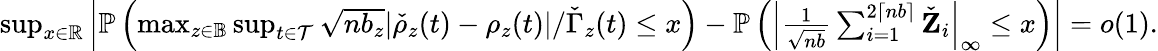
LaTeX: \begin{array}{r}{\operatorname*{sup}_{x\in\mathbb{R}}\left|\mathbb{P}\left(\operatorname*{max}_{z\in\mathbb{B}}\operatorname*{sup}_{t\in\mathcal{T}}\sqrt{nb_{z}}|\check{\rho}_{z}(t)-\rho_{z}(t)|/\check{\Gamma}_{z}(t)\leq x\right)-\mathbb{P}\left(\left|\frac{1}{\sqrt{nb}}\sum_{i=1}^{2\lceil nb\rceil}\check{\mathbf Z}_{i}\right|_{\infty}\leq x\right)\right|=o(1).}\end{array}